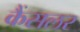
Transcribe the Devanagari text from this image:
कैंसलर